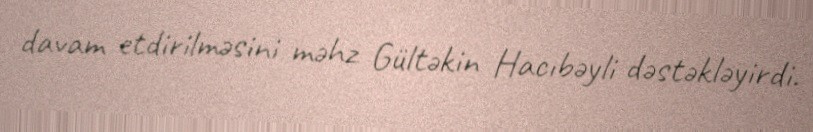
davam etdirilməsini məhz Gültəkin Hacıbəyli dəstəkləyirdi.